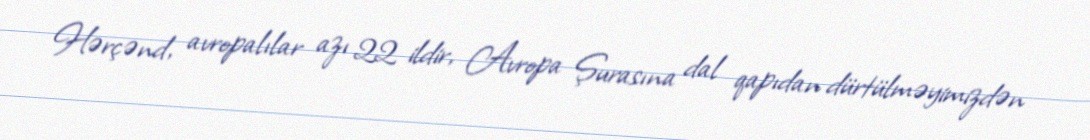
Hərçənd, avropalılar azı 22 ildir, Avropa Şurasına dal qapıdan dürtülməyimizdən